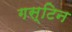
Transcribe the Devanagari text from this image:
गस्टिन